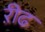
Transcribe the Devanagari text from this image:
ऱीढ